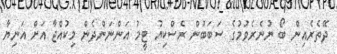
ދޭތެރެއިން ބޯ ނުނެރެވުމުގެ ސަބަބުން ރެސްކިޔު ޓީމު އަންނަންދެން މިކުއްޖާ އަށް އަނިޔާ